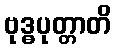
ဗုဒ္ဓပုတ္တာတိ